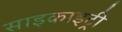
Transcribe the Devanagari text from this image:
साइकाइट्री